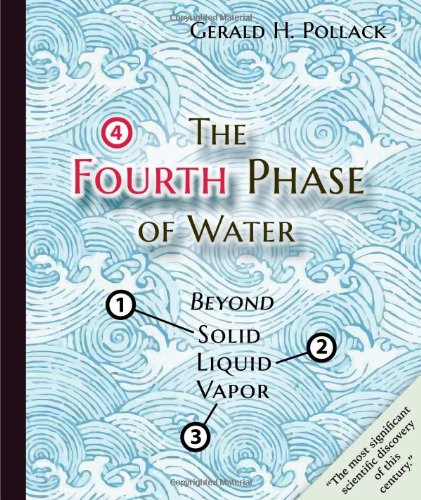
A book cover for The Fourth Phase of Water: Beyond Solid, Liquid, and Vapor; Gerald H. Pollack; Engineering & Transportation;